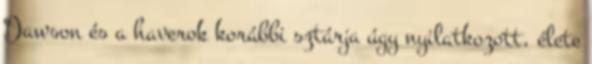
Dawson és a haverok korábbi sztárja úgy nyilatkozott, élete